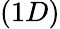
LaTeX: (1D)